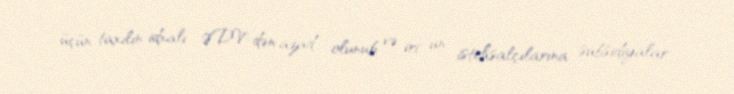
üçün taxılın idxalı ƏDV-dən azad olunub və iri un istehsalçılarına subsidiyalar